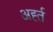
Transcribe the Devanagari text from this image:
अर्ह्त